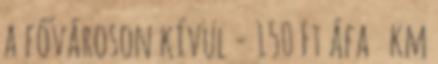
a fővároson kívül - 150 Ft áfa km